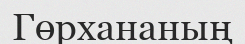
Гөрхананың